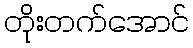
တိုးတက်အောင်